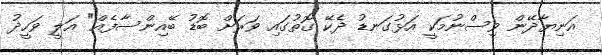
އަނިޔާދޭން ވިސްނުމަކީ އަޅުގަނޑު ދެކޭ ގޮތުގައި ވަރަށް ބޮޑު ބޭއިންސާފެއް" އަލީ ވަހީދު